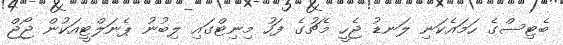
ބެޓިސްގެ ހަމައެކަނި ލަނޑު ޖެހީ މެޗުގެ ފަހު މިނިޓްގައި ލިބުނު ޕެނަލްޓީއަކުން ޖޯޖް